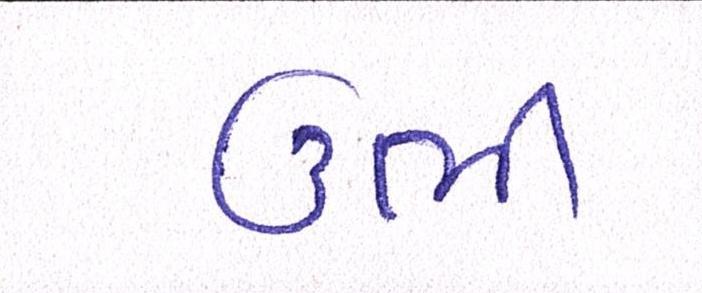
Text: ઉભી